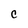
Character: C